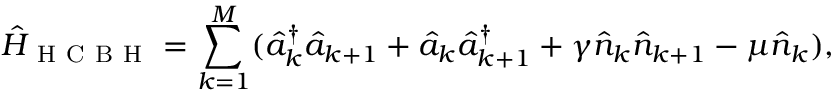
\hat { H } _ { \mathrm { ~ H ~ C ~ B ~ H ~ } } = \sum _ { k = 1 } ^ { M } ( \hat { a } _ { k } ^ { \dag } \hat { a } _ { k + 1 } + \hat { a } _ { k } \hat { a } _ { k + 1 } ^ { \dag } + \gamma \hat { n } _ { k } \hat { n } _ { k + 1 } - \mu \hat { n } _ { k } ) ,